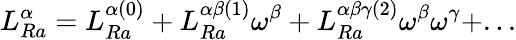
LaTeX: L_{Ra}^{\alpha}=L_{Ra}^{\alpha(0)}+L_{Ra}^{\alpha\beta(1)}\omega^{\beta}+L_{Ra}^{\alpha\beta\gamma(2)}\omega^{\beta}\omega^{\gamma}+...